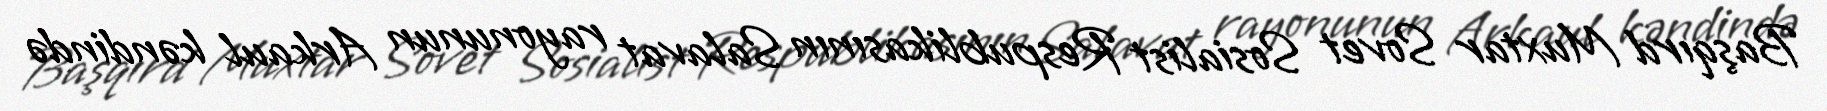
Başqırd Muxtar Sovet Sosialist Respublikasının Salavat rayonunun Arkaul kəndində